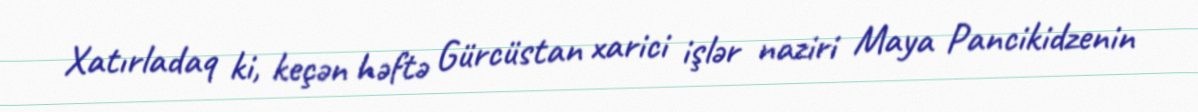
Xatırladaq ki, keçən həftə Gürcüstan xarici işlər naziri Maya Pancikidzenin